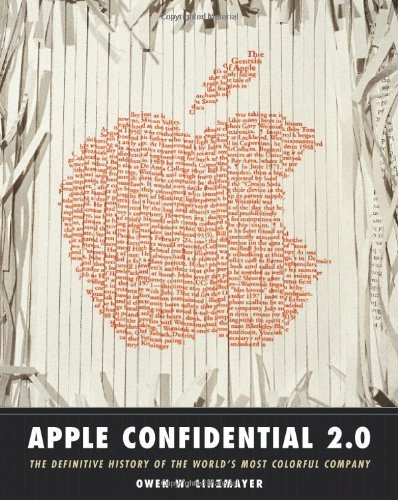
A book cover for Apple Confidential 2.0: The Definitive History of the World's Most Colorful Company; Owen Linzmayer; Computers & Technology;